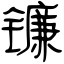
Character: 镰